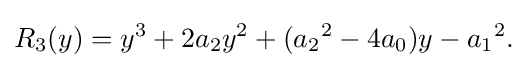
R_{3}(y)=y^{3}+2a_{2}y^{2}+({a_{2}}^{2}-4a_{0})y-{a_{1}}^{2}{\text{.}}